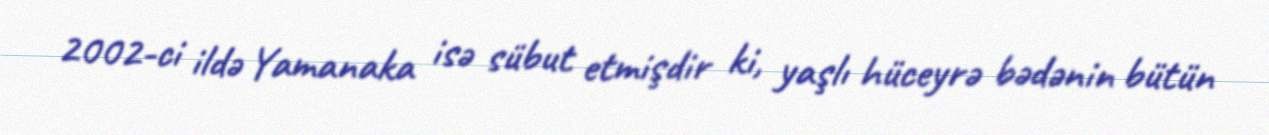
2002-ci ildə Yamanaka isə sübut etmişdir ki, yaşlı hüceyrə bədənin bütün